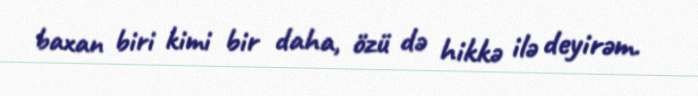
baxan biri kimi bir daha, özü də hikkə ilə deyirəm.